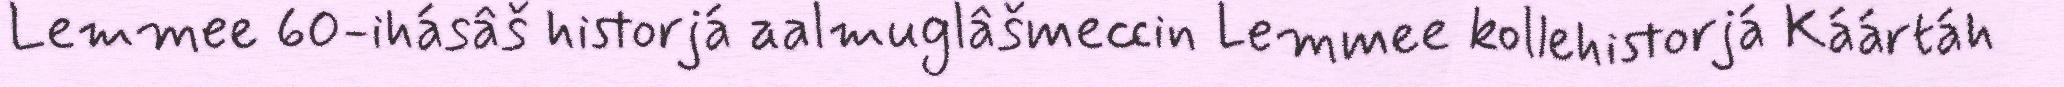
Lemmee 60-ihásâš historjá aalmuglâšmeccin Lemmee kollehistorjá Káártáh